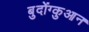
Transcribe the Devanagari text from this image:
बुदोंग्कुआन